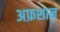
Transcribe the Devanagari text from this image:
अफ़शान